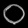
Digit: ၀